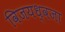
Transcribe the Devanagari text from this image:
विजयध्वजा